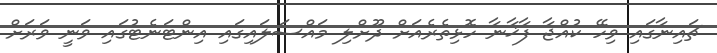
ޗައިނާގައި ވިހޭ ކުއްޖާ ފާޚާނާ ހޮޅިތެރެއަށް ދޫށްލި މައްސަލައިގައި އިންޓަނެޓުގައި ވަނީ ވަރަށް